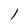
Character: l